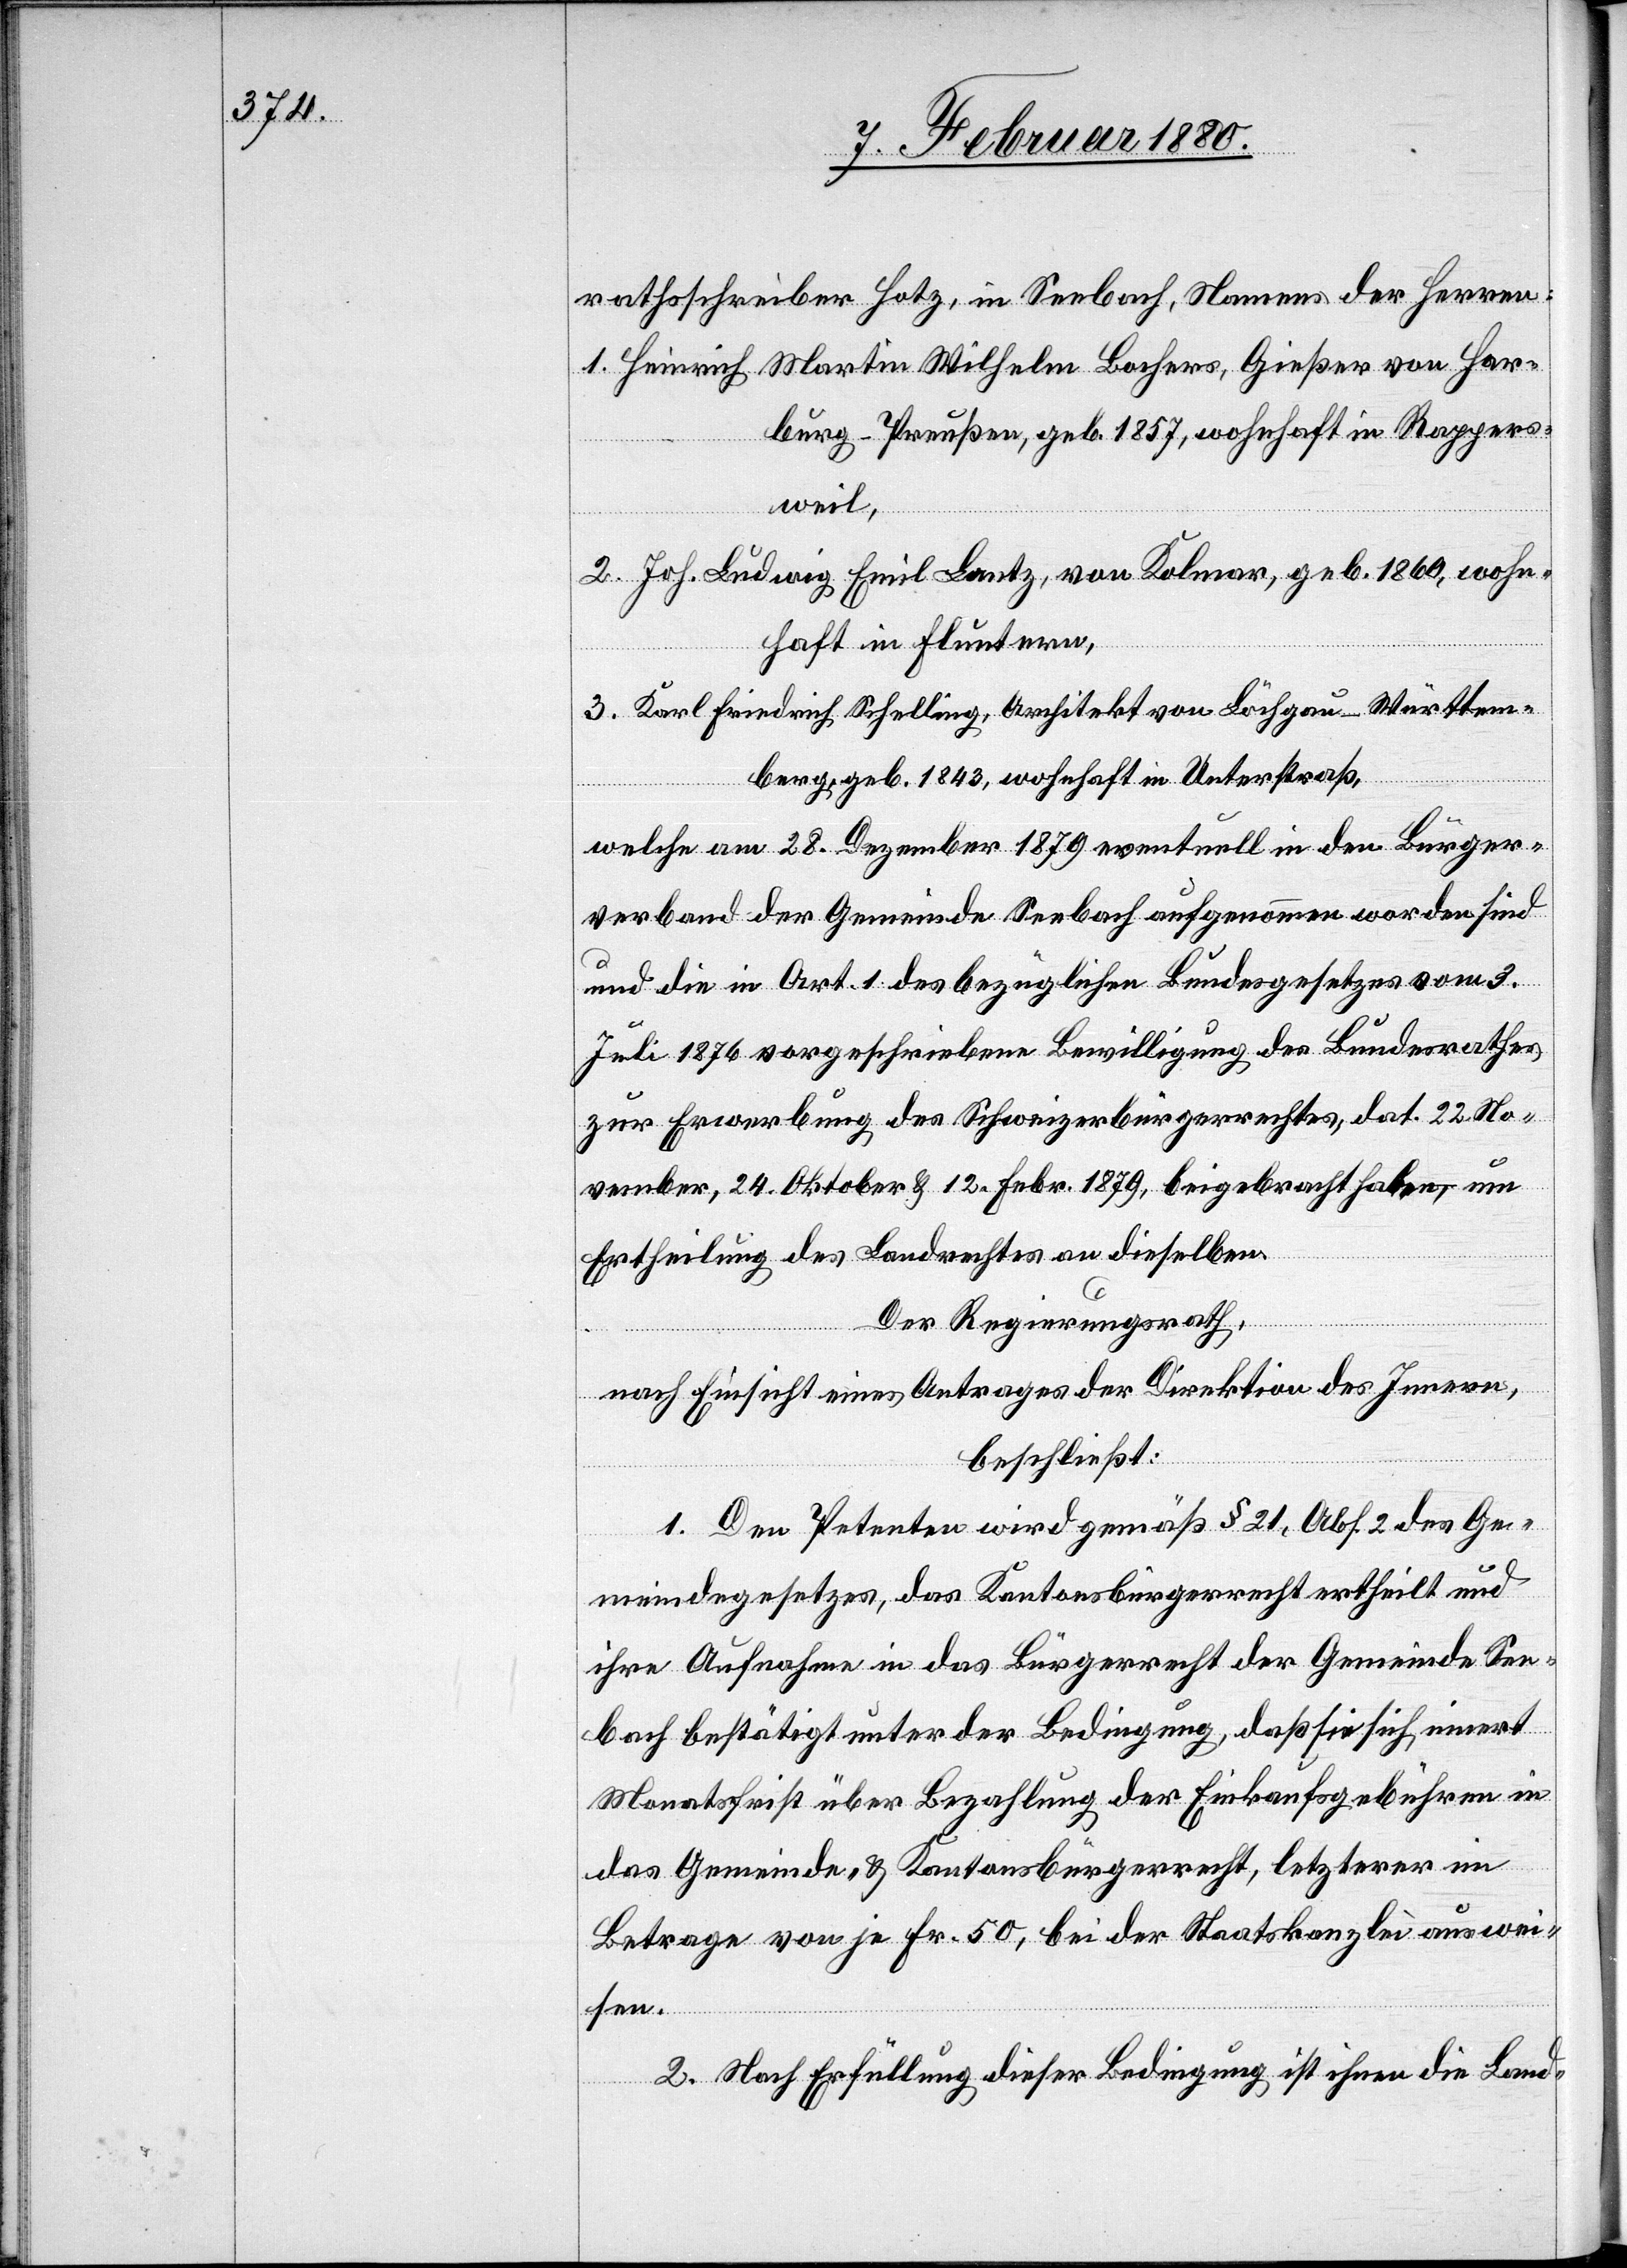
rathsschreiber Hotz, in Seebach, Namens der Herren:
1. Heinrich Martin Wilhelm Bachers, Gießer von Har¬
burg - Preußen, geb. 1857, wohnhaft in Rappers¬
weil,
2. Joh. Ludwig Emil Lantz, von Kolmar, geb. 1860, wohn¬
haft in Fluntern,
3. Karl Friedrich Schelling, Architekt von Löchgau - Württem¬
berg, geb. 1843, wohnhaft in Unterstraß,
welche am 28. Dezember 1879 eventuell in den Bürger¬
verband der Gemeinde Seebach aufgenommen worden sind
und die in Art. 1. des bezüglichen Bundesgesetzes vom 3.
Juli 1876 vorgeschriebene Bewilligung des Bundesrathes
zur Erwerbung des Schweizerbürgerrechtes, dat. 22. No¬
vember, 24. Oktober & 12. Febr. 1879, beigebracht haben, um
Ertheilung des Landrechtes an dieselben.
Der Regierungsrath;
nach Einsicht eines Antrages der Direktion des Innern,
beschließt:
1. Den Petenten wird gemäß § 21, Abs. 2 des Ge¬
meindegesetzes, das Kantonsbürgerrecht ertheilt und
ihre Aufnahme in das Bürgerrecht der Gemeinde See¬
bach bestätigt unter der Bedingung, daß sie sich innert
Monatsfrist über Bezahlung der Einkaufsgebühren in
das Gemeinde- & Kantonsbürgerrecht, letzterer im
Betrage vom je Fr. 50, bei der Staatskanzlei auswei¬
sen.
2. Nach Erfüllung dieser Bedingung ist ihnen die Land-